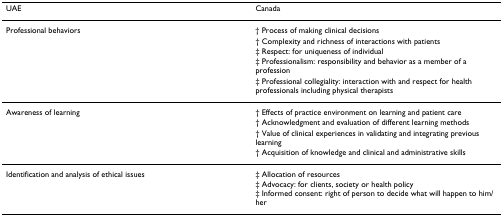
| UAE | Canada |
 | --- | --- |
 | Professional behaviors | † Process of making clinical decisions |
 |  | † Complexity and richness of interactions with patients |
 |  | ‡ Respect: for uniqueness of individual |
 |  | ‡ Professionalism: responsibility and behavior as a member of a profession |
 |  | ‡ Professional collegiality: interaction with and respect for health professionals including physical therapists |
 | Awareness of learning | † Effects of practice environment on learning and patient care |
 |  | † Acknowledgment and evaluation of different learning methods |
 |  | † Value of clinical experiences in validating and integrating previous learning |
 |  | † Acquisition of knowledge and clinical and administrative skills |
 | Identification and analysis of ethical issues | ‡ Allocation of resources‡ Advocacy: for clients, society or health policy‡ Informed consent: right of person to decide what will happen to him/her |